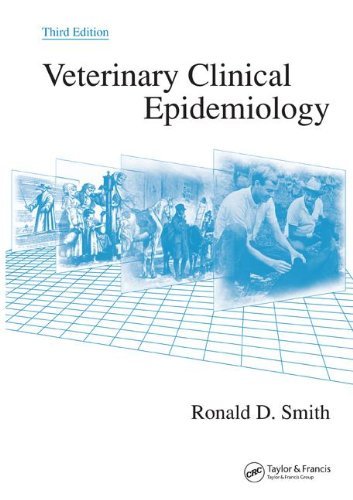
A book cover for By Ronald D. Smith - Veterinary Clinical Epidemiology, Third Edition: 3rd (third) Edition; Ronald D. Smith; Medical Books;